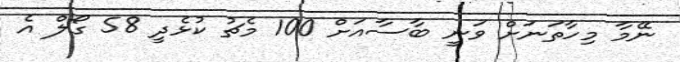
ނޭމާ މިހާތަނަށް ވަނީ ބާސާއަށް 100 މެޗު ކުޅެދީ 58 ގޯލް އެ